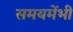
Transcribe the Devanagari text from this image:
समयमेंभी